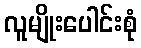
လူမျိုးပေါင်းစုံ